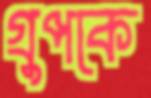
গ্রুপকে